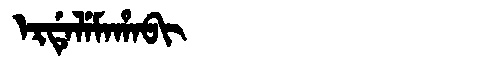
Manchu: ᡝᡵᡩᡝᠯᡝᠮᠠᡥᠠᠪᡳ
Romanization: ERDELEMAHABI